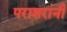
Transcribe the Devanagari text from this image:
पराशरांनी